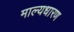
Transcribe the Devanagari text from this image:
माल्यधारण